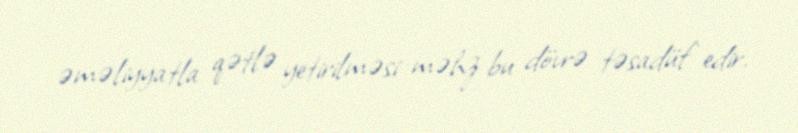
əməliyyatla qətlə yetirilməsi məhz bu dövrə təsadüf edir.